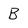
Character: B